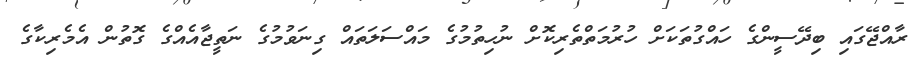
ރާއްޖޭގައި ބިދޭސީންގެ ހައްގުތަކަށް ހުރުމަތްތެރިކޮށް ނުހިތުމުގެ މައްސަލަތައް ގިނަވުމުގެ ނަތީޖާއެއްގެ ގޮތުން އެމެރިކާގެ